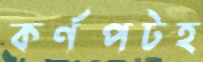
কর্ণপটহ